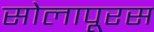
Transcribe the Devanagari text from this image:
सोलापूरस